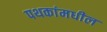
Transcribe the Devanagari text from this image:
पथकांमधील